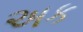
અક